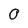
Character: O